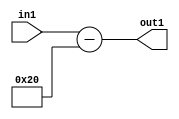
`timescale 1ps / 1ps
/*****************************************************************************
    Verilog RTL Description
    
    
    Created by: Stratus DpOpt 2019.1.01 
*******************************************************************************/

module st_weight_addr_gen_Subi32u16_4_4 (
	in1,
	out1
	); /* architecture "behavioural" */ 
input [15:0] in1;
output [16:0] out1;
wire [16:0] asc001;

assign asc001 = 
	+(in1)
	-(17'B00000000000100000);

assign out1 = asc001;
endmodule

/* CADENCE  ubH4SA0= : u9/ySgnWtBlWxVPRXgAZ4Og= ** DO NOT EDIT THIS LINE ******/